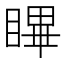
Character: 𭿑